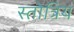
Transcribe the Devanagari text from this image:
स्तोत्रिय